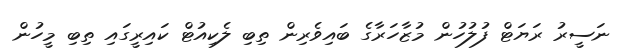
ނަސީރު ރަޔަޓް ފުލުހުން މުޒާހަރާގެ ބައިވެރިން ތިބި ލެކިއުޓް ކައިރީގައި ތިބި މީހުން